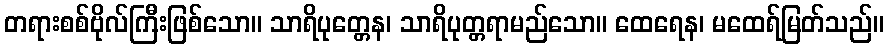
တရားစစ်ဗိုလ်ကြီးဖြစ်သော။ သာရိပုတ္တေန၊ သာရိပုတ္တရာမည်သော။ ထေရေန၊ မထေရ်မြတ်သည်။